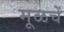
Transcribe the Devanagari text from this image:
मूळचें